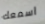
اسمعك